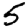
Digit: 5